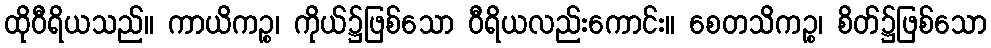
ထိုဝီရိယသည်။ ကာယိကဉ္စ၊ ကိုယ်၌ဖြစ်သော ဝီရိယလည်းကောင်း။ စေတသိကဉ္စ၊ စိတ်၌ဖြစ်သော